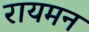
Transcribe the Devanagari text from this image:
रायमन